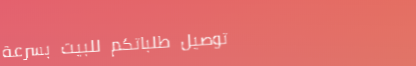
توصيل طلباتكم للبيت بسرعة